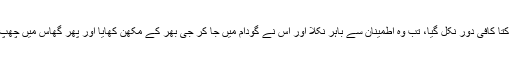
جب کتّا کافی دور نکل گیا، تب وہ اطمینان سے باہر نکلا اور اس نے گودام میں جا کر جی بھر کے مکھّن کھایا اور پھر گھاس میں چھپ گیا۔